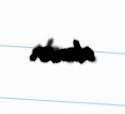
olunur.